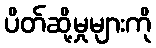
ပိတ်ဆို့မှုများကို